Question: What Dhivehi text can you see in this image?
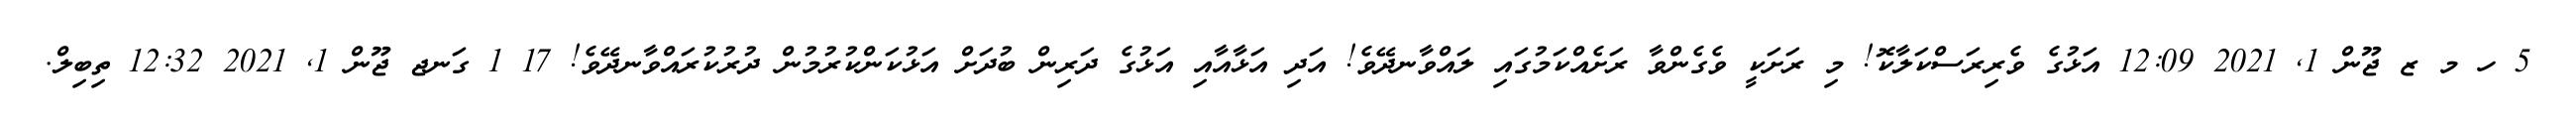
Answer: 5 ހ މ ޒ ޖޫން 1, 2021 12:09 އަޅުގެ ވެރިރަސްކަލާކޮ! މި ރަށަކީ ވެގެންވާ ރަށެއްކަމުގައި ލައްވާނދޭވެ! އަދި އަޅާއާއި އަޅުގެ ދަރިން ބުދަށް އަޅުކަންކުރުމުން ދުރުކުރައްވާނދޭވެ! 17 1 ގަނޖ ޖޫން 1, 2021 12:32 ތިބިލް.